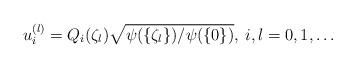
LaTeX: \begin{align*}u^{(l)}_i=Q_i(\zeta_l)\sqrt{\psi(\{\zeta_l\})/\psi(\{0\})},\>i,l=0,1,\ldots\end{align*}